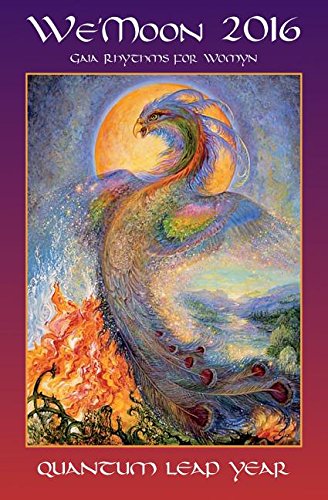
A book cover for We'moon: Gaia Rhythms for Womyn: Quantum Leap Year; Calendars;